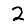
Digit: 2